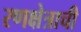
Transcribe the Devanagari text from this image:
रणक्षेत्राची